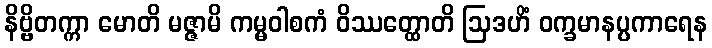
နိဗ္ဗိတက္ကာ မောတိ မဇ္ဇာမိ ကမ္မဝါစကံ ဝိဿတ္ထောတိ ဩဒဟိံ ဝက္ခမာနပ္ပကာရေန